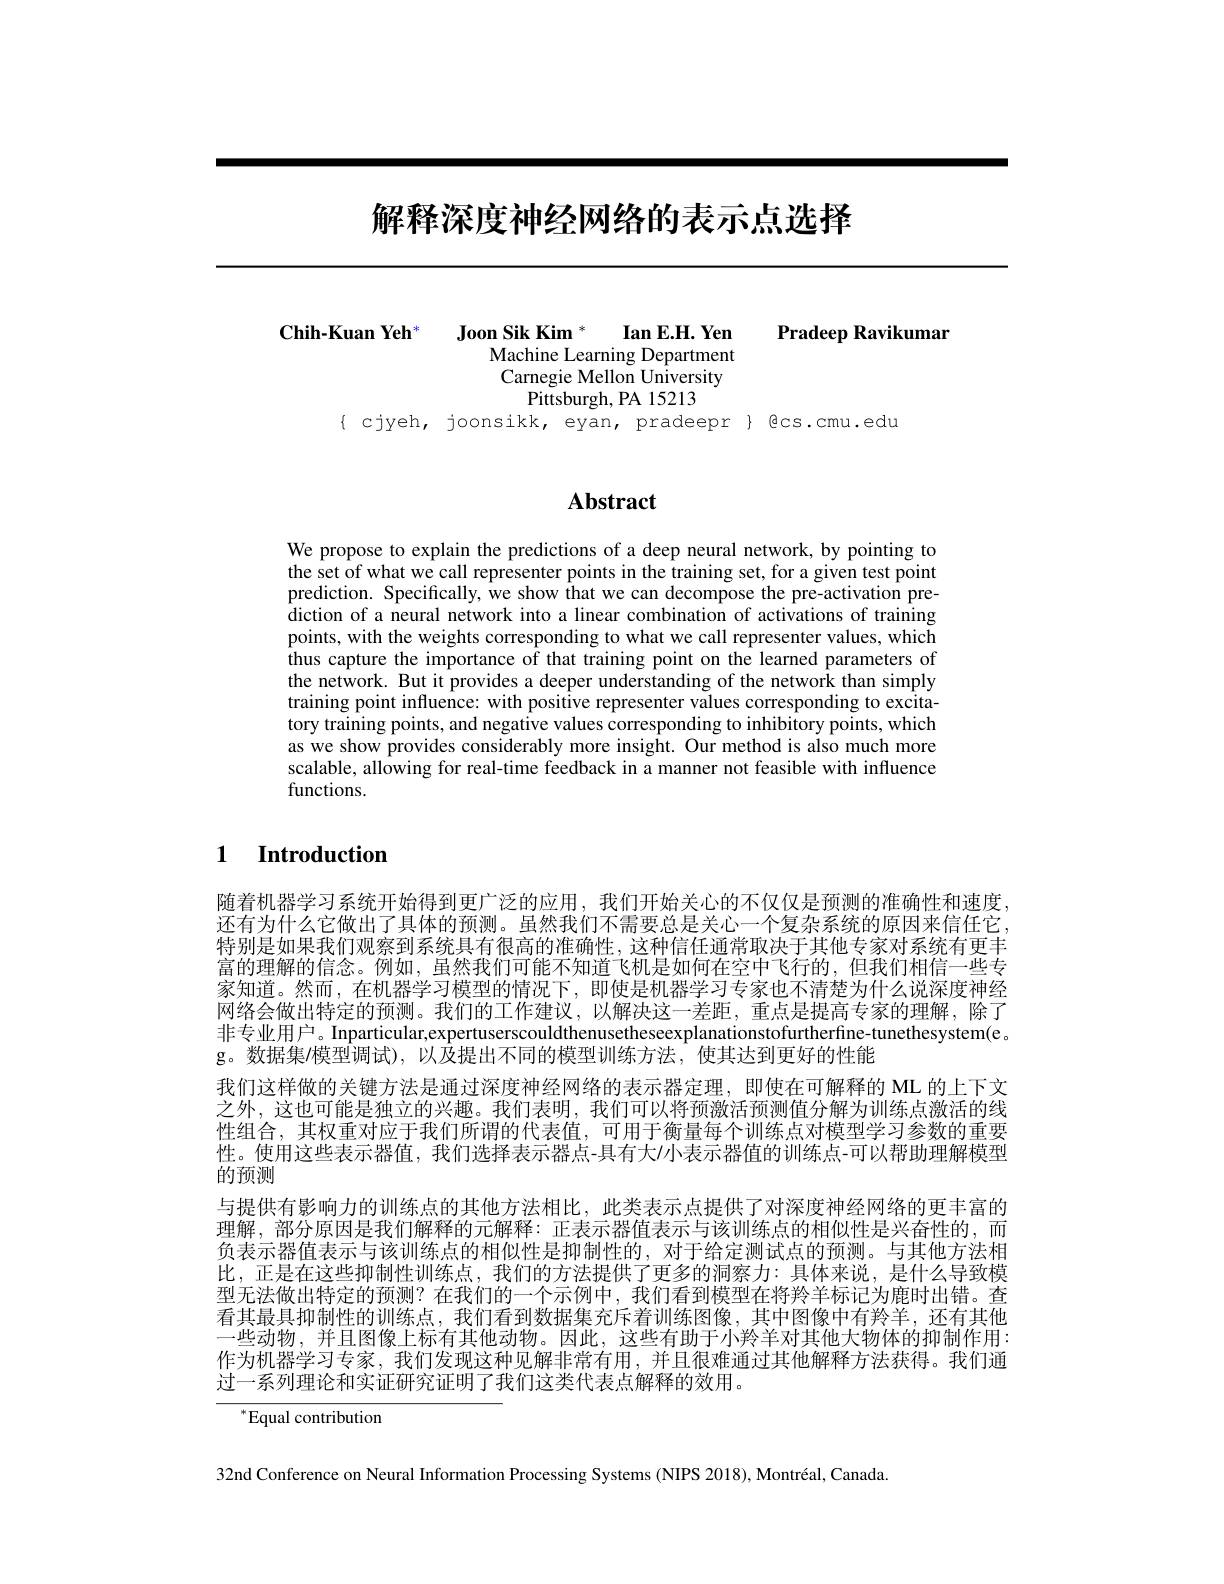
# 解释深度神经网络的表示点选择

## Pradeep Ravikumar

Joon Sik Kim $^*$ Ian E.H. Yen
$\mathbf{Chih-Kuan}\mathbf{Yeh}^{*}$
Machine Learning Department Carnegie Mellon University
Pittsburgh, PA 15213
$\{ cjyeh, joonsikk, eyan, pradeepr \} Bcs.cmu.edu$

# Abstract

We propose to explain the predictions of a deep neural network, by pointing to the set of what we call representer points in the training set, for a given test point prediction. Specifically, we show that we can decompose the pre-activation prediction of a neural network into a linear combination of activations of training points, with the weights corresponding to what we call representer values, which thus capture the importance of that training point on the learned parameters of the network. But it provides a deeper understanding of the network than simply training point influence: with positive representer values corresponding to excitatory training points, and negative values corresponding to inhibitory points, which as we show provides considerably more insight. Our method is also much more scalable, allowing for real-time feedback in a manner not feasible with influence functions.

### $\textbf{1}$ $\textbf{Introduction}$

随着机器学习系统开始得到更广泛的应用，我们开始关心的不仅仅是预测的准确性和速度还有为什么它做出了具体的预测。虽然我们不需要总是关心一个复杂系统的原因来信任它特别是如果我们观察到系统具有很高的准确性，这种信任通常取决于其他专家对系统有更丰富的理解的信念。例如，虽然我们可能不知道飞机是如何在空中飞行的，但我们相信一些专家知道。然而，在机器学习模型的情况下，即使是机器学习专家也不清楚为什么说深度神经网络会做出特定的预测。我们的工作建议，以解决这一差距，重点是提高专家的理解，除了非专业用户。Inparticular,expertuserscouldthenusetheseexplanationstofurtherfine-tunethesystem(e。$\hat{\mathrm{g}}$。数据集$\hat{\prime }$模 型 调 试 ) , 以 及 提 出 不 同 的 模 型 训 练 方 法 , 使 其 达 到 更 好 的 性 能
我们这样做的关键方法是通过深度神经网络的表示器定理，即使在可解释的 ML 的上下文之外，这也可能是独立的兴趣。我们表明，我们可以将预激活预测值分解为训练点激活的线性组合，其权重对应于我们所谓的代表值，可用于衡量每个训练点对模型学习参数的重要性。使用这些表示器值，我们选择表示器点-具有大$\prime$小表示器值的训练点-可以帮助理解模型的预测
与提供有影响力的训练点的其他方法相比，此类表示点提供了对深度神经网络的更丰富的理解，部分原因是我们解释的元解释：正表示器值表示与该训练点的相似性是兴奋性的，而负表示器值表示与该训练点的相似性是抑制性的，对于给定测试点的预测。与其他方法相比，正是在这些抑制性训练点，我们的方法提供了更多的洞察力：具体来说，是什么导致模型无法做出特定的预测？在我们的一个示例中，我们看到模型在将羚羊标记为鹿时出错。查看其最具抑制性的训练点，我们看到数据集充斥着训练图像，其中图像中有羚羊，还有其他一些动物，并且图像上标有其他动物。因此，这些有助于小羚羊对其他大物体的抑制作用： 作为机器学习专家，我们发现这种见解非常有用，并且很难通过其他解释方法获得。我们通过一系列理论和实证研究证明了我们这类代表点解释的效用。

$^*$Equal contribution

32nd Conference on Neural Information Processing Systems (NIPS 2018), Montréal, Canada